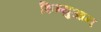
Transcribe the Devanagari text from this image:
शिन्युआन